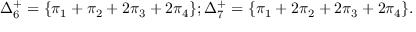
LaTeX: \Delta _ { 6 } ^ { + } = \{ \pi _ { 1 } + \pi _ { 2 } + 2 \pi _ { 3 } + 2 \pi _ { 4 } \} ; \Delta _ { 7 } ^ { + } = \{ \pi _ { 1 } + 2 \pi _ { 2 } + 2 \pi _ { 3 } + 2 \pi _ { 4 } \} .